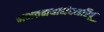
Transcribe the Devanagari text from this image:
नभतनयानंदनरिपू